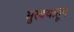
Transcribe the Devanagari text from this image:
सुरबयाहून